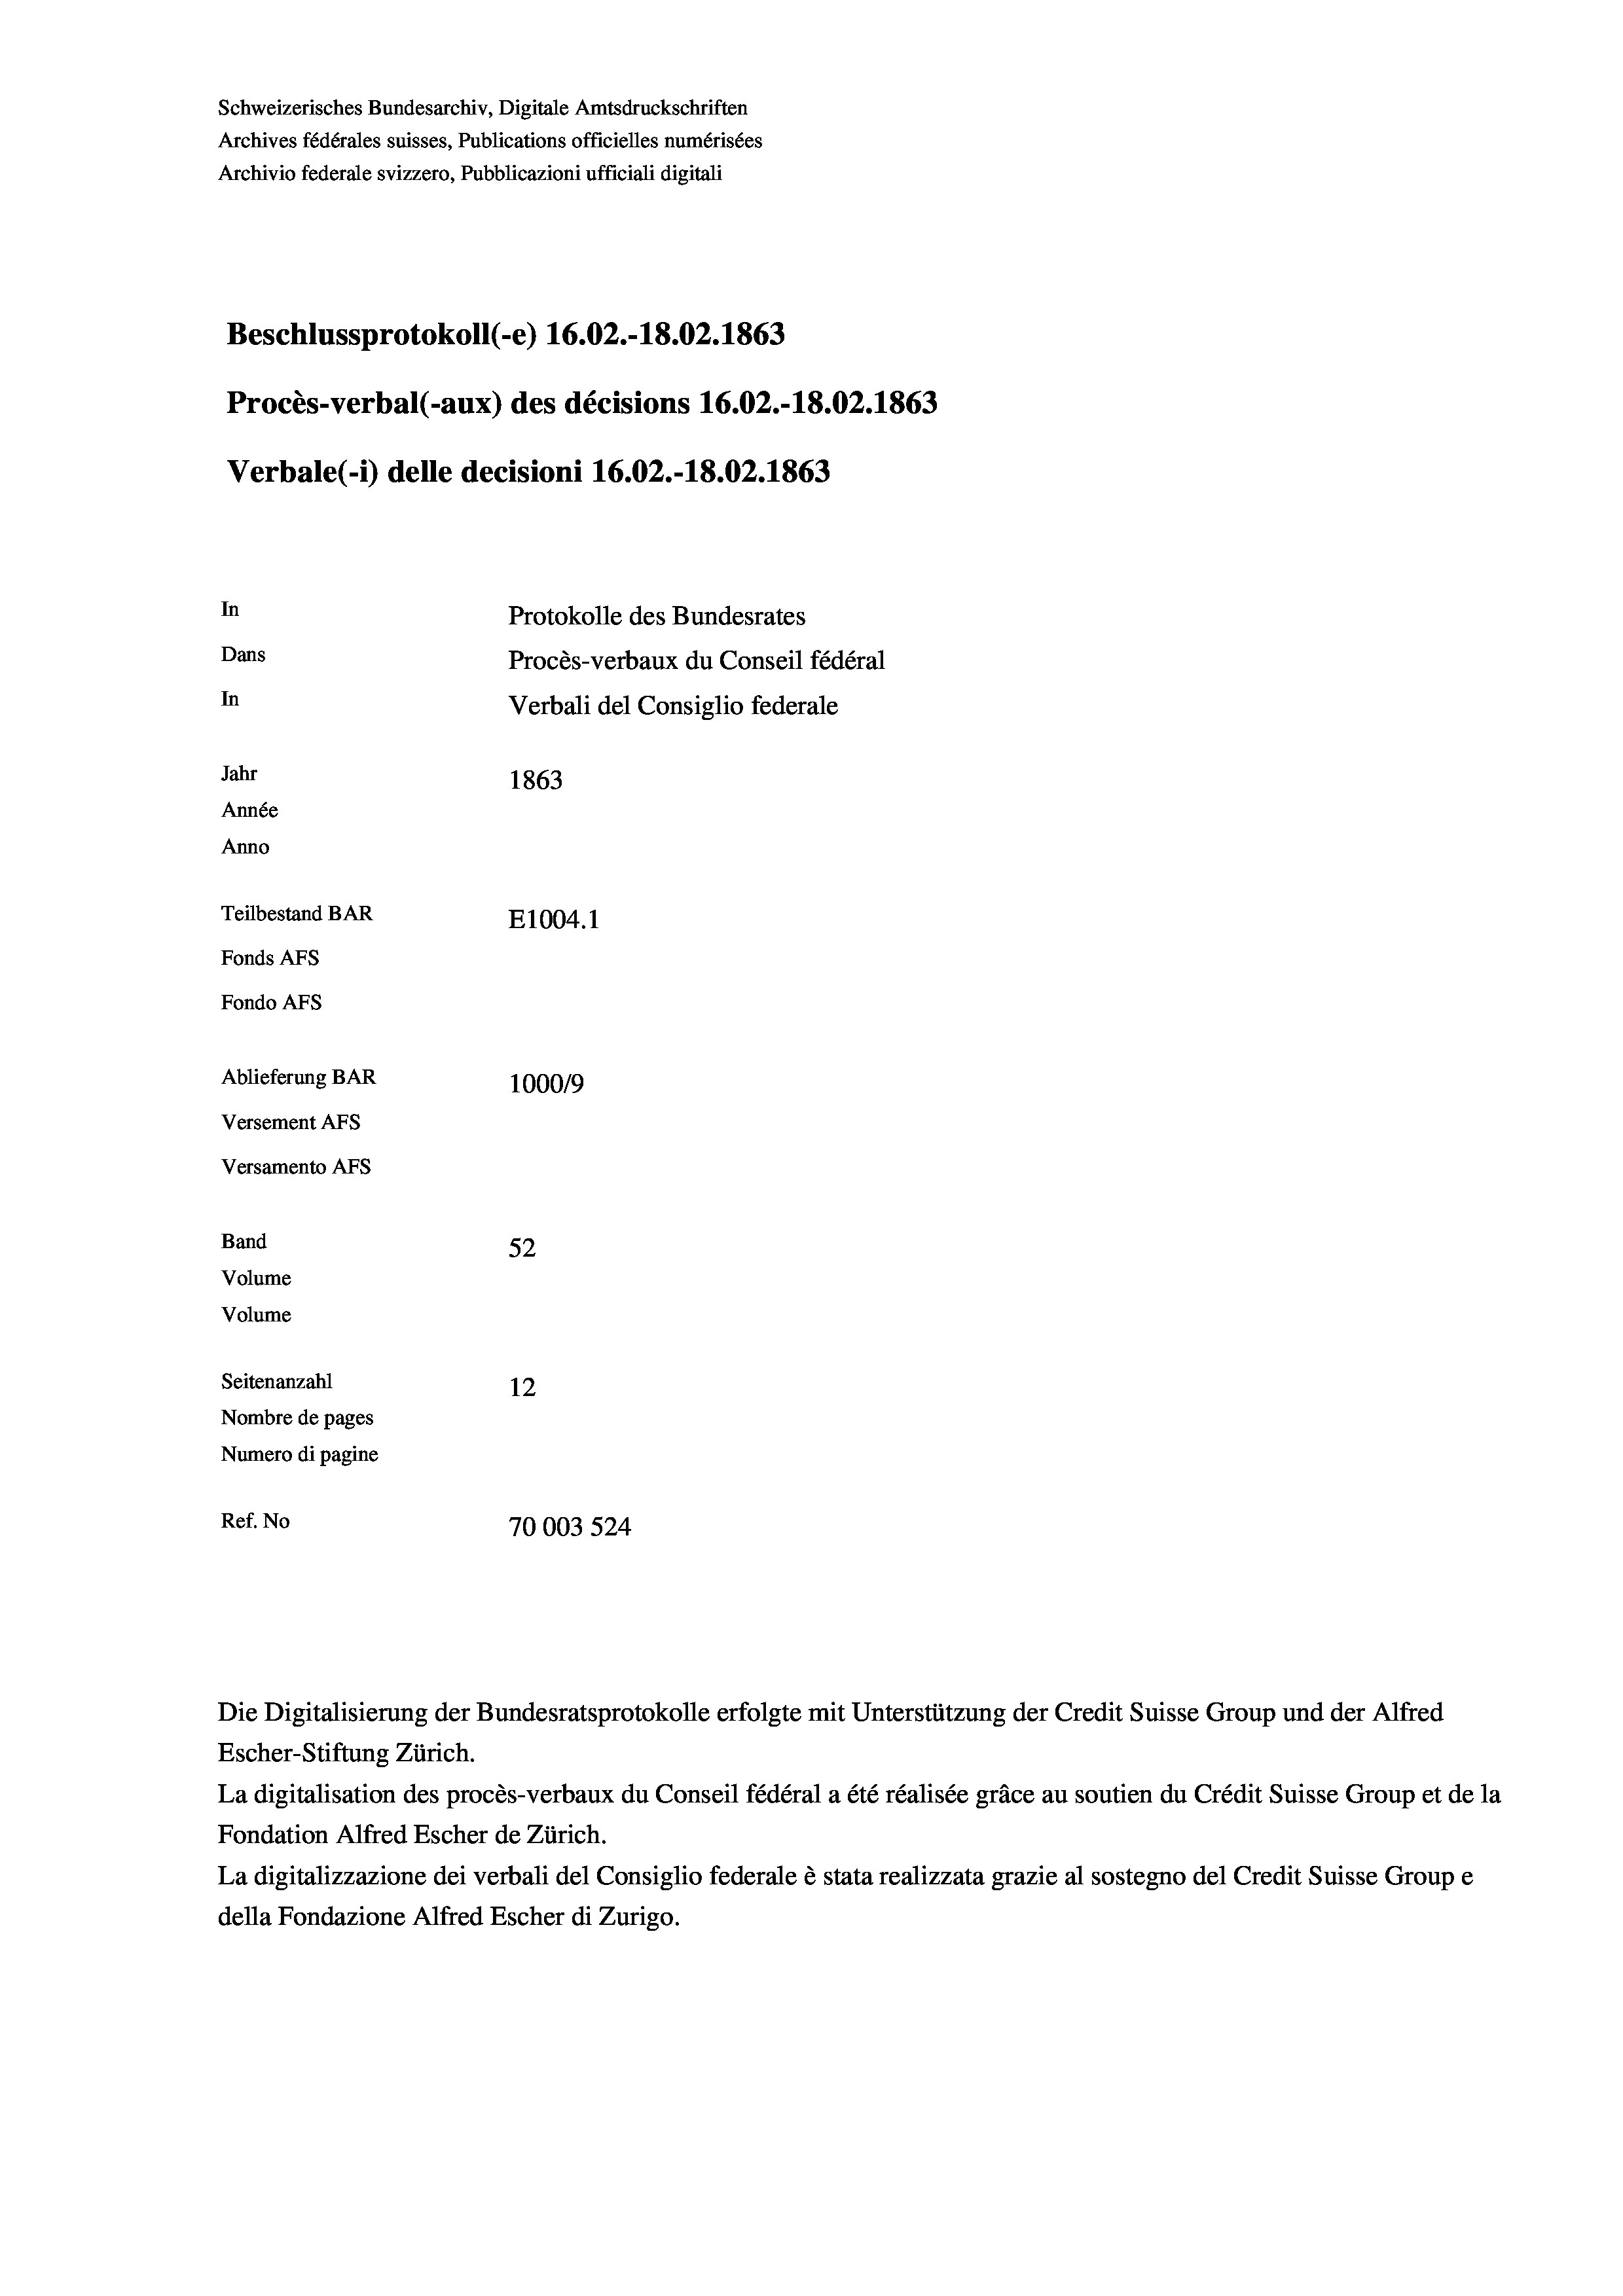
Schweizerisches Bundesarchiv, Digitale Amtsdruckschriften
Archives fédérales suisses, Publications officielles numérisées
Archivio federale svizzero, Pubblicazioni ufficiali digitali
Beschlussprotokoll (-e) 16.02.-18.02. 1863
Procès-verbal (-aux) des décisions 16.02.-18.02. 1863
Verbale (- 1) delle decisioni 16.02.-18.02. 1863
In
Protokolle des Bundesrates
Dans
Procès-verbaux du Conseil fédéral
In
Verbali del Consiglio federale
Jahr
1863
Année
Anno
Teilbestand BAR
E1004.1
Fonds AFs
Fondo AFS
Ablieferung BAR
1000/9
Versement AFs
Versamento AFs
Band
52
Volume
Volume
Seitenanzahl
12
Nombre de pages
Numero di pagine
Ref. No
70003 524

Escher-Stiftung Zürich.
La digitalisation des procès-verbaux du Conseil fédéral a été réalisée gräce au soutien du Crédit Suisse Group et de la
Fondation Alfred Escher de Zürich.
La digitalizzazione dei verbali del Consiglio federale è stata realizzata grazie al sostegno del Credit Suisse Groupe
della Fondazione Alfred Escher di Zurigo.

Die Digitalisierung der Bundesratsprotokolle erfolgte mit Unterstützung der Credit Suisse Group und der Alfred